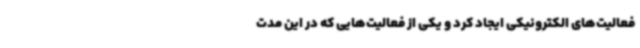
فعالیت‌های الکترونیکی ایجاد کرد و یکی از فعالیت‌هایی که در این مدت